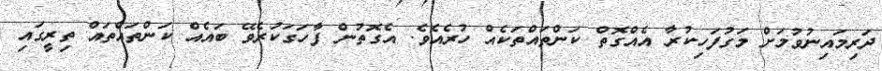
ދަރިމައިނުވުމަށް މަގުފަހިކުރާ އެއްގޮތް ކަންތައްތަކެއް ހުރެއެވެ. އެގޮތުން ފާހަގަކުރެވޭ ބައެއް ކަންތައްތައް ތިރީގައި